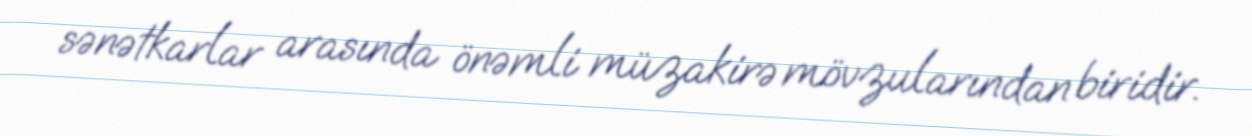
sənətkarlar arasında önəmli müzakirə mövzularından biridir.